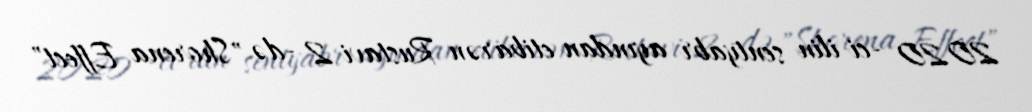
2020 -ci ilin sentyabr ayından etibarən Rustavi 2 -də "Shorena Effect"